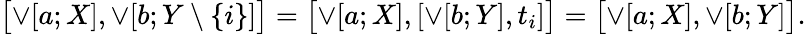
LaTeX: \bigl[\mathop{\vee}\! \left[a;X\right],\mathop{\vee}\! \left[b;Y\setminus\left\lbrace i\right\rbrace\right]\bigr]=\bigl[\mathop{\vee}\! \left[a;X\right],[\mathop{\vee}\! \left[b;Y\right],t_{i}]\bigr]=\bigl[\mathop{\vee}\! \left[a;X\right],\mathop{\vee}\! \left[b;Y\right]\bigr].